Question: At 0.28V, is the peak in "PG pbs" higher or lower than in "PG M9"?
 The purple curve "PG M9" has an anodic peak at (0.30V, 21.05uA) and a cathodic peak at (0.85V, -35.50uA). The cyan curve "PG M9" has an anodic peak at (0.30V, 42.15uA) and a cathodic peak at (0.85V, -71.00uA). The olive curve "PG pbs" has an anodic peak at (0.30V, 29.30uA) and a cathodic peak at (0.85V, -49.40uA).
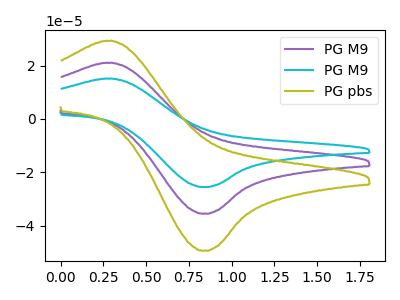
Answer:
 <answer>The peak at 0.28V is higher in "PG pbs" than in "PG M9".</answer>
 <eval>higher</eval>